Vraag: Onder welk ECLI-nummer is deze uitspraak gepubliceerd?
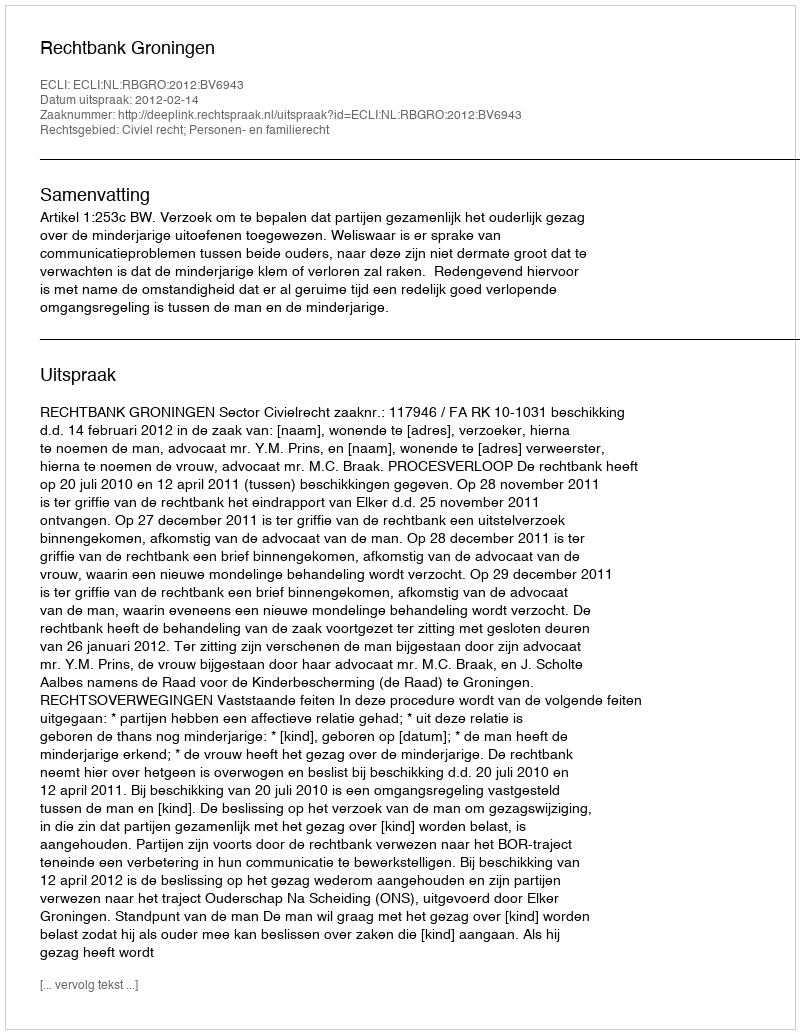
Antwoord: ECLI:NL:RBGRO:2012:BV6943